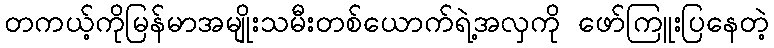
တကယ့်ကိုမြန်မာအမျိုးသမီးတစ်ယောက်ရဲ့အလှကို ဖော်ကြူးပြနေတဲ့